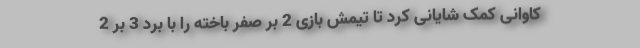
کاوانی کمک شایانی کرد تا تیمش بازی 2 بر صفر باخته را با برد 3 بر 2